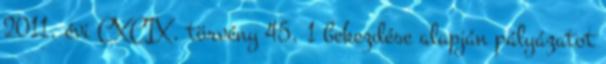
2011. évi CXCIX. törvény 45. 1 bekezdése alapján pályázatot